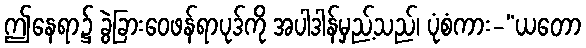
ဤနေရာ၌ ခွဲခြားဝေဖန်ရာပုဒ်ကို အပါဒါန်မှည့်သည်၊ ပုံစံကား-“ယတော